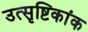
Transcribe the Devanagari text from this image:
उत्सृष्टिकांक